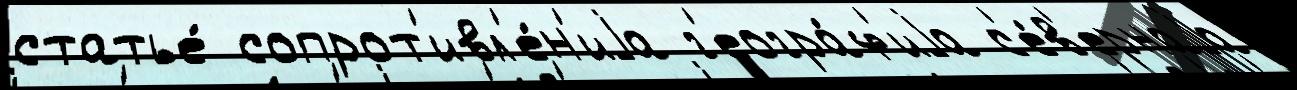
статье́ сопрот'ивл'е́н'иjа г'еогра́ф'иjа с'е́в'ернаjа